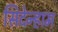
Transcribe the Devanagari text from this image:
सिदेन्हाम